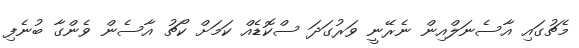
މެޗުގައި އާސެނަލްއިން ނެރޭނީ ވަރުގަދަ ސްކޮޑެއް ކަމަށް ކޯޗު އާސެން ވެންގާ ބުނެފި